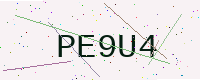
Text: PE9U4